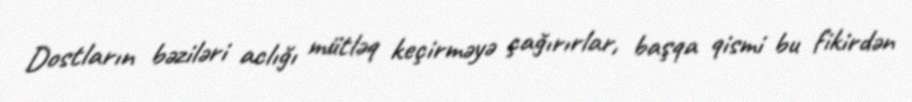
Dostların bəziləri aclığı mütləq keçirməyə çağırırlar, başqa qismi bu fikirdən